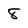
Character: 8